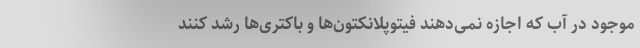
موجود در آب که اجازه نمی‌دهند فیتوپلانکتون‌ها و باکتری‌ها رشد کنند